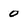
Character: 0